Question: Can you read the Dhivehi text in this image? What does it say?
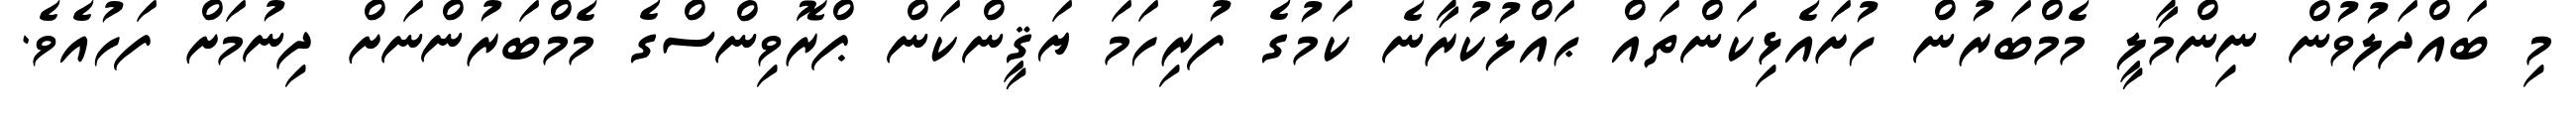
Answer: މި ބައްދަލުވުން ނިންމާލީ މެމްބަރުން ހުށައެޅިކަންތައް ޙައްލުކުރާނެ ކަމުގެ ފުރިހަމަ ޔަޤީންކަން ޕްރޮވިންސްގެ މެމްބަރުންނަށް ދިނުމަށް ފަހުއެވެ.